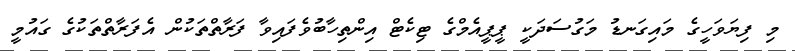
މި ފިޔަވަހީގެ މައިގަނޑު މަގުސަދަކީ ޕީޕީއެމްގެ ޓިކެޓް އިންތިހާބުވެފައިވާ ފަރާތްތަކުން އެފަރާތްތަކުގެ ގައުމީ